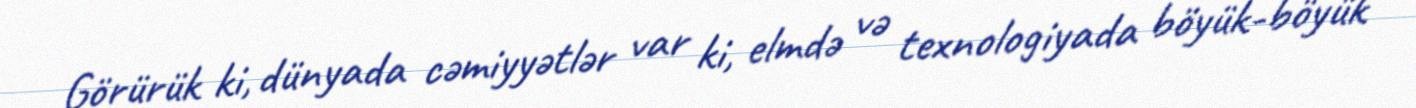
Görürük ki, dünyada cəmiyyətlər var ki, elmdə və texnologiyada böyük-böyük